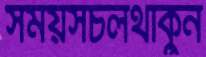
সময়সচলথাকুন